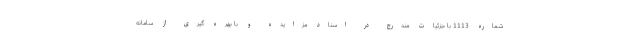
شماره 1113 با جزئیات مندرج در اسناد مزایده و با بهره گیری از سامانه